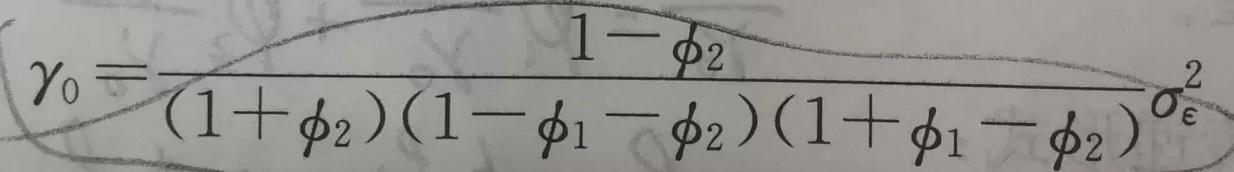
$\gamma_{0}=\frac{1-\phi_{2}}{\left(1+\phi_{2}\right)\left(1-\phi_{1}-\phi_{2}\right)\left(1+\phi_{1}-\phi_{2}\right)}\sigma_{\varepsilon}^{2}$